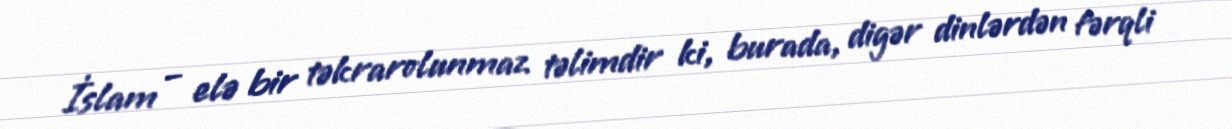
İslam – elə bir təkrarolunmaz təlimdir ki, burada, digər dinlərdən fərqli